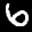
Label: 6